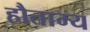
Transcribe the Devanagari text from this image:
हौताम्य